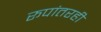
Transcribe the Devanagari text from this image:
रूपांतरही